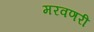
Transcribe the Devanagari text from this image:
मरवणरी